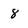
Character: 8